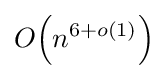
O{\mathord {\left(n^{6+o(1)}\right)}}